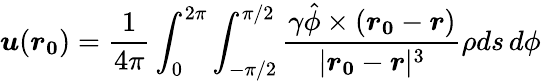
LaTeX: \boldsymbol{u}(\boldsymbol{r_{0}})=\frac{1}{4\pi}\int_{0}^{2\pi}\int_{-\pi/2}^{\pi/2}\frac{\gamma\hat{\phi}\times(\boldsymbol{r_{0}}-\boldsymbol{r})}{|\boldsymbol{r_{0}}-\boldsymbol{r}|^{3}}\rho ds\, d\phi